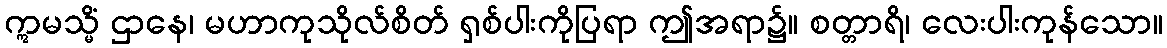
ဣမသ္မိံ ဌာနေ၊ မဟာကုသိုလ်စိတ် ရှစ်ပါးကိုပြရာ ဤအရာ၌။ စတ္တာရိ၊ လေးပါးကုန်သော။